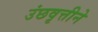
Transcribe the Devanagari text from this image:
उंछवृत्तीने